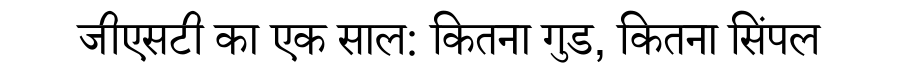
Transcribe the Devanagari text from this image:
जीएसटी का एक साल: कितना गुड, कितना सिंपल